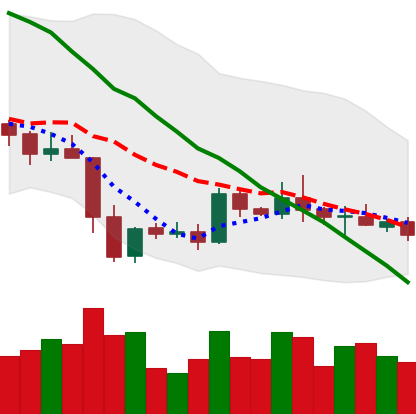
Ticker: XRP-USD
Chart end date: 2019-05-09
Forward return: 37.959%
Label: up_7plus